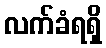
လက်ခံရရှိ